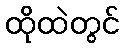
ထိုထဲတွင်